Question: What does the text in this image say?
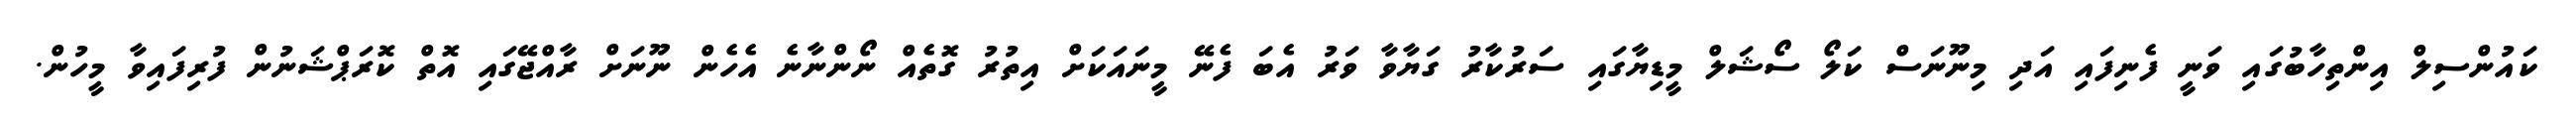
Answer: ކައުންސިލް އިންތިހާބުގައި ވަނީ ފެނިފައި އަދި މިނޫނަސް ކަލޯ ސޯޝަލް މީޑިޔާގައި ސަރުކާރު ގަޔާވާ ވަރު އެބަ ފެނޭ މީނައަކަށް އިތުރު ގޮތެއް ނޯންނާނެ އެހެން ނޫނަށް ރާއްޖޭގައި އޮތް ކޮރަޕްޝަނުން ފުރިފައިވާ މީހުން.